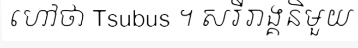
ហៅថា Tsubus ។ សរីរាង្គនិមួយ